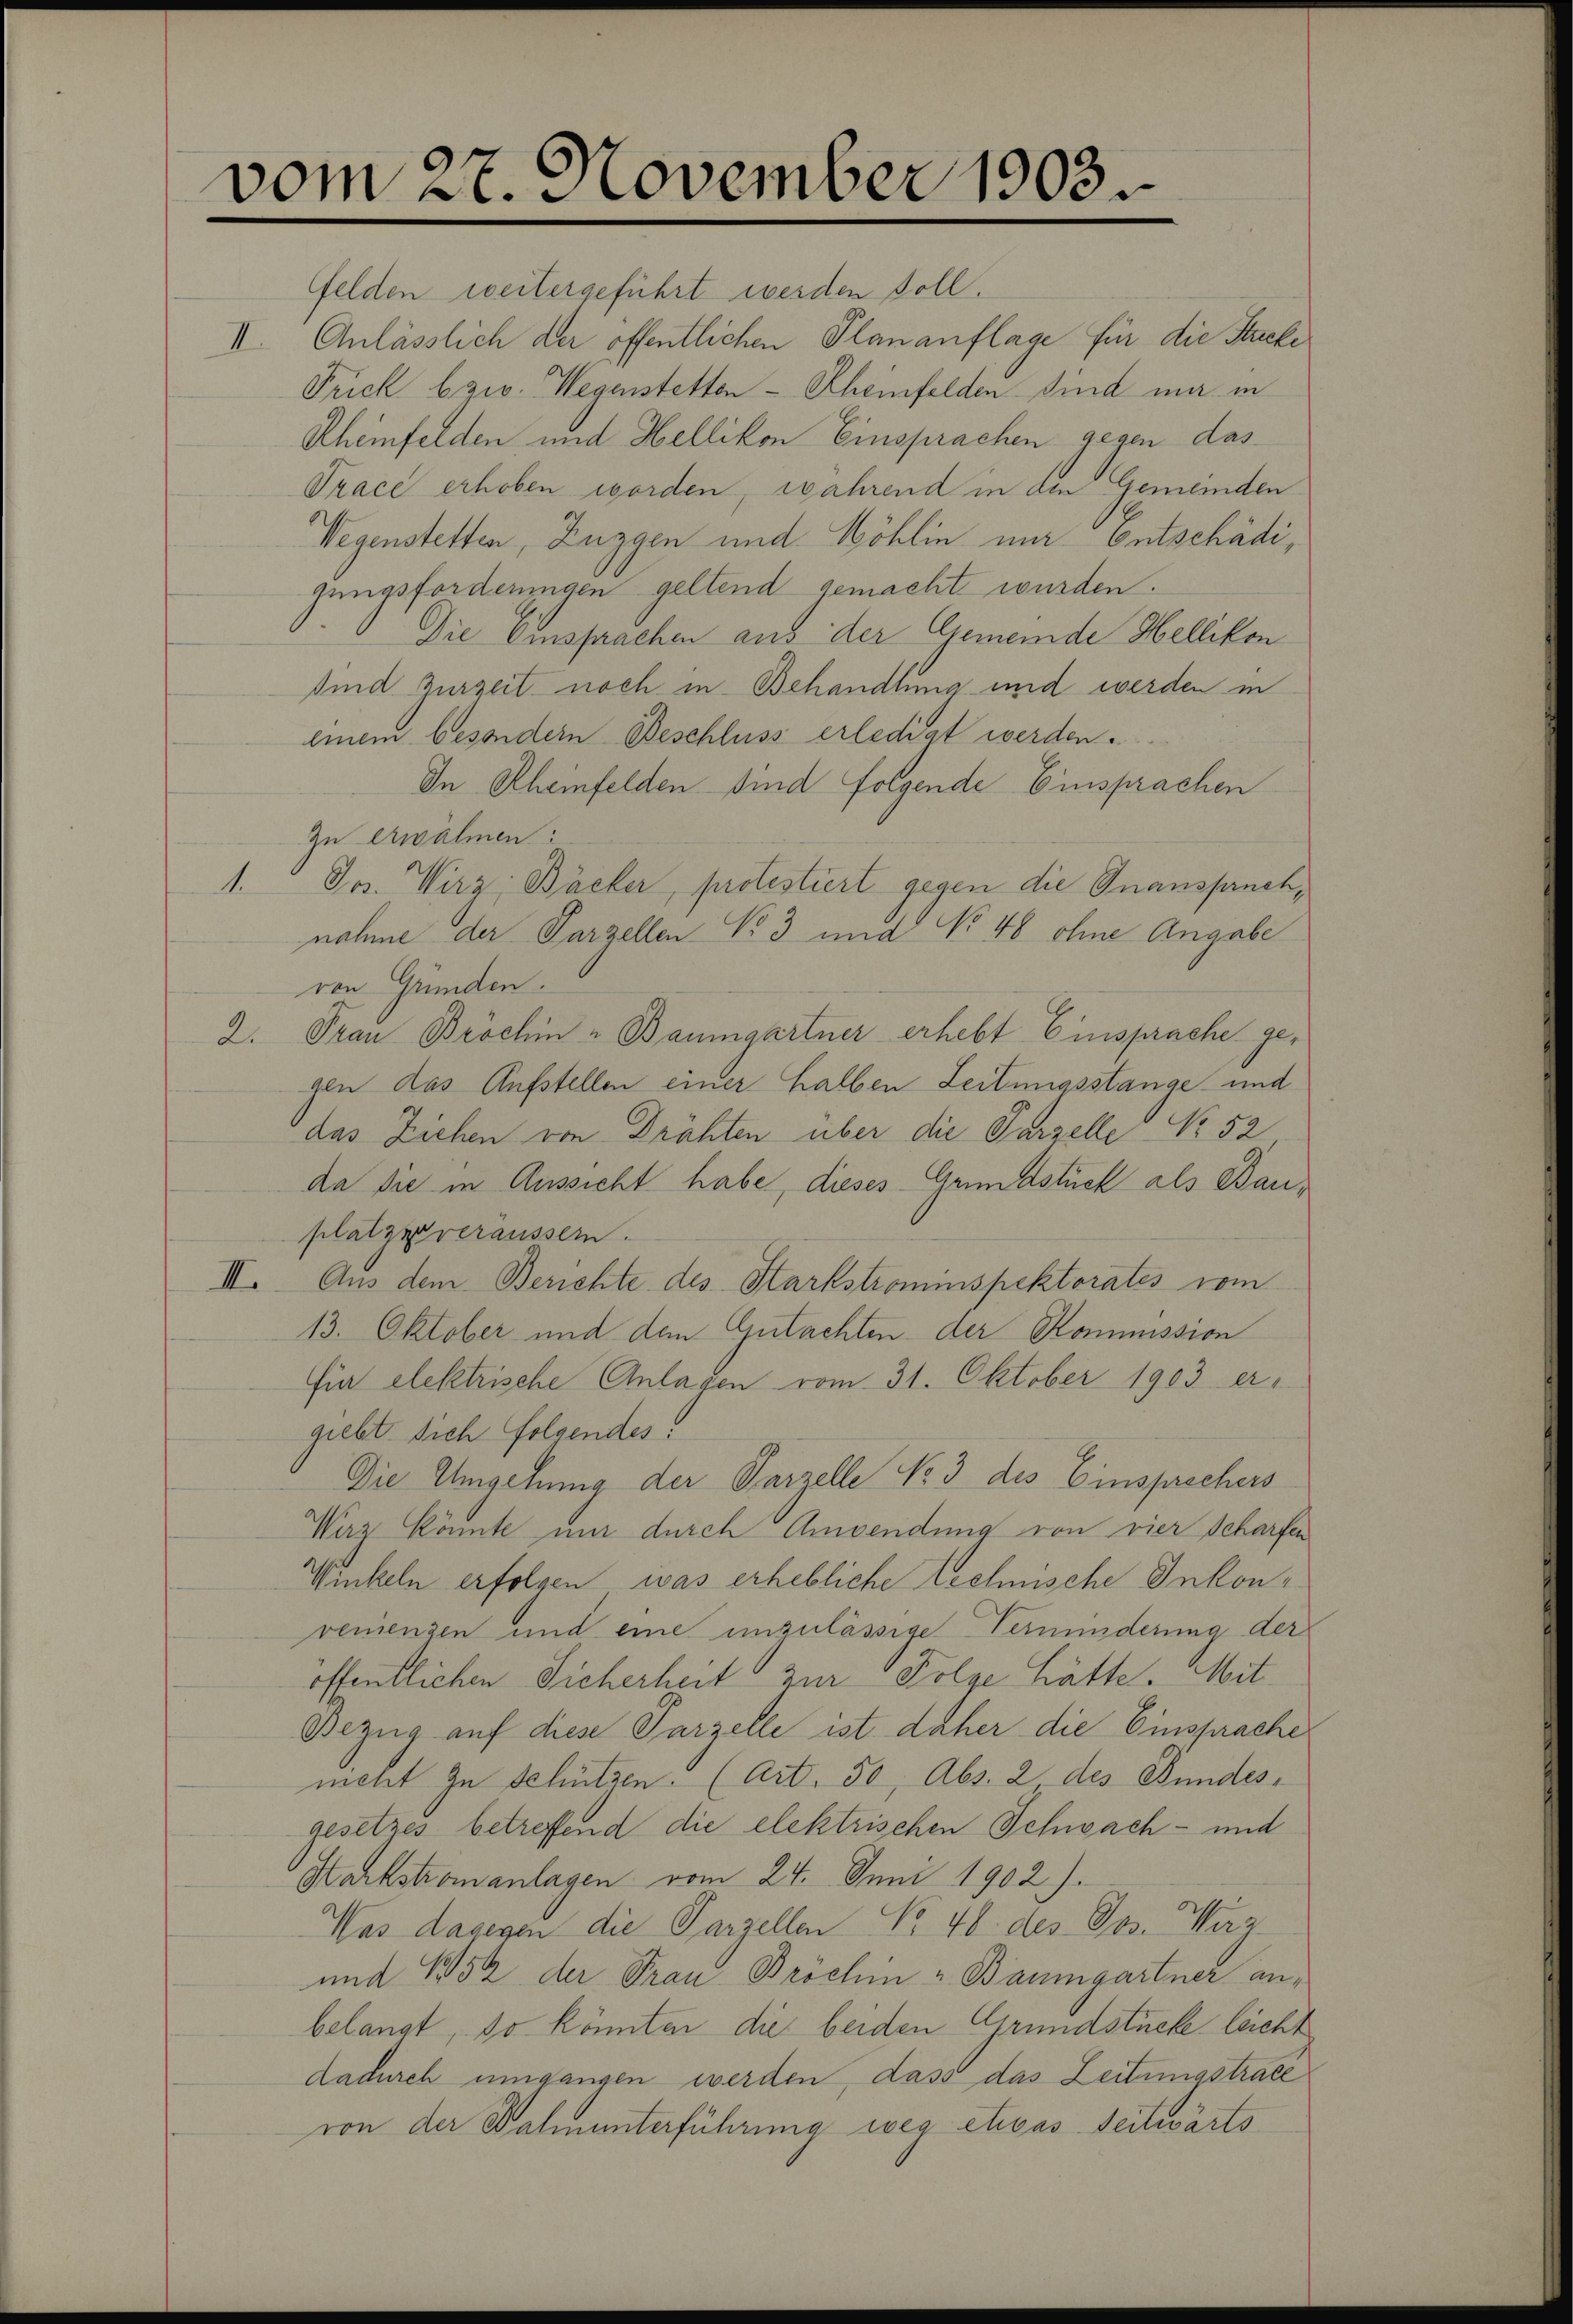
vom 27. November 1903

Gelden weitergeführt werden soll.
II. Anlässlich der öffentlichen Plananflage für die Stacke
Frick bzw. Wegenstetten - Scheinfelden sind ma in
Rheinfelden und Hellikon Einsprachen gegen das
Trace erhoben worden, während in den Gemeinden
Wegenstetten, Zuggen und Wöhlin nur Entschädigungsforderungen geltend gemacht wurden.
Die Einsprachen aus der Gemeinde Hellikon
sind Zurzeit noch in Behandlung und werden in
einem besondern Beschluss erledigt werden.
In Rheinfelden sind folgende Einsprachen
Zu erwähnen:
1. " Jos. Wirz, Bäcker, protestiert gegen die Inanspruch,
nahme der Parzellen No 3 und No 48 ohne Angabe
ren Gründen.
2. Frau Bröchin - Baumgartner erhebt Einsprache gegen das Aufstellen einer halben Leitungsstange und
das Ziehen von Drähten über die Parzelle No 52
da sie in Aussicht habe, dieses Grundstück als Bauplatze veräussern.
III. Aus dem Berichte des Starkstrominspektorates vom
13. Oktober und dem Gutachten der Kommission
fin elektrische Anlagen vom 31. Oktober 1903 er
giebt sich folgendes.
Die Umgehung der Parzelle No 3 des Einsprechers
Wirz könnte um durch Anwendung von vier Scharfen
Winkeln erfolgen, was erhebliche technische Inkonvenienzen und eine unzulässige Verminderung der
öffentlichen Sicherheit zur Folge hätte. Mit¬
Bezug auf diese Parzelle ist daher die Einsprache
meht zu schützen. (Art. 50, Abs. 2 des Bundesgesetzes betreffend die elektrischen Schwach- und
Karkstromanlagen vom 24. Juni 1902).
Was dagegen die Parzellen No 48 des Jos. Herz
und 152 der Frau Bröchin - Baumgartner anbelangt, so könnten die beiden Grundstücke leicht
dadurch umgangen werden, dass das Zeitungstrace
von der Bahnunterführung weg etwas seitwärts